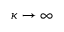
\kappa \to \infty